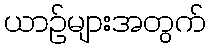
ယာဉ်များအတွက်